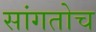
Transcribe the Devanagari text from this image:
सांगतोच